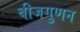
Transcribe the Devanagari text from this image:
बीजगुणन